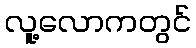
လူ့လောကတွင်